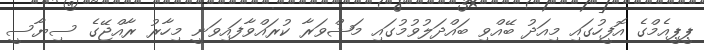
ޕީޕީއެމްގެ އޮފީހުގައި މިއަދު ބޭއްވި ބައްދަލުވުމުގައި މަޝްވަރާ ކުރައްވާފައިވަނީ މިހާރު ރާއްޖޭގެ ސިޔާސީ